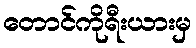
တောင်ကိုရီးယားမှ